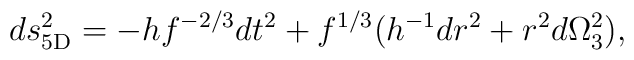
ds_{\rm 5D}^2= - h f^{-2/3}dt^2 +  f^{1/3}( h^{-1} dr^2 + r^2 d\Omega_3^2),